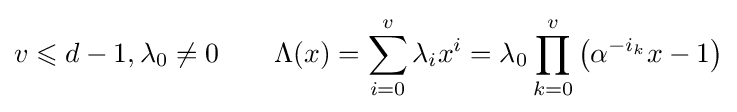
v\leqslant d-1,\lambda _{0}\neq 0\qquad \Lambda (x)=\sum _{i=0}^{v}\lambda _{i}x^{i}=\lambda _{0}\prod _{k=0}^{v}\left(\alpha ^{-i_{k}}x-1\right)